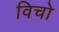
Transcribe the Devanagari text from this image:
विचो